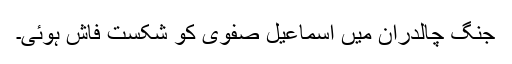
جنگ چالدران میں اسماعیل صفوی کو شکست فاش ہوئی۔